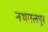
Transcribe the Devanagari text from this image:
नथमलपुर